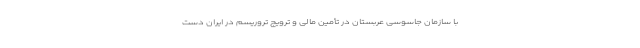
با سازمان جاسوسی عربستان در تأمین مالی و ترویج تروریسم در ایران دست